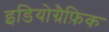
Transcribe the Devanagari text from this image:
इडियोग्रैफ़िक